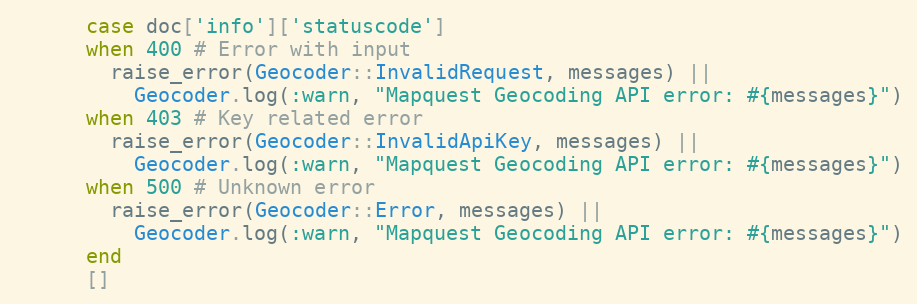
Language: Ruby
      case doc['info']['statuscode']
      when 400 # Error with input
        raise_error(Geocoder::InvalidRequest, messages) ||
          Geocoder.log(:warn, "Mapquest Geocoding API error: #{messages}")
      when 403 # Key related error
        raise_error(Geocoder::InvalidApiKey, messages) ||
          Geocoder.log(:warn, "Mapquest Geocoding API error: #{messages}")
      when 500 # Unknown error
        raise_error(Geocoder::Error, messages) ||
          Geocoder.log(:warn, "Mapquest Geocoding API error: #{messages}")
      end
      []